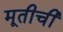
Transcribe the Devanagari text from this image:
मूतीची